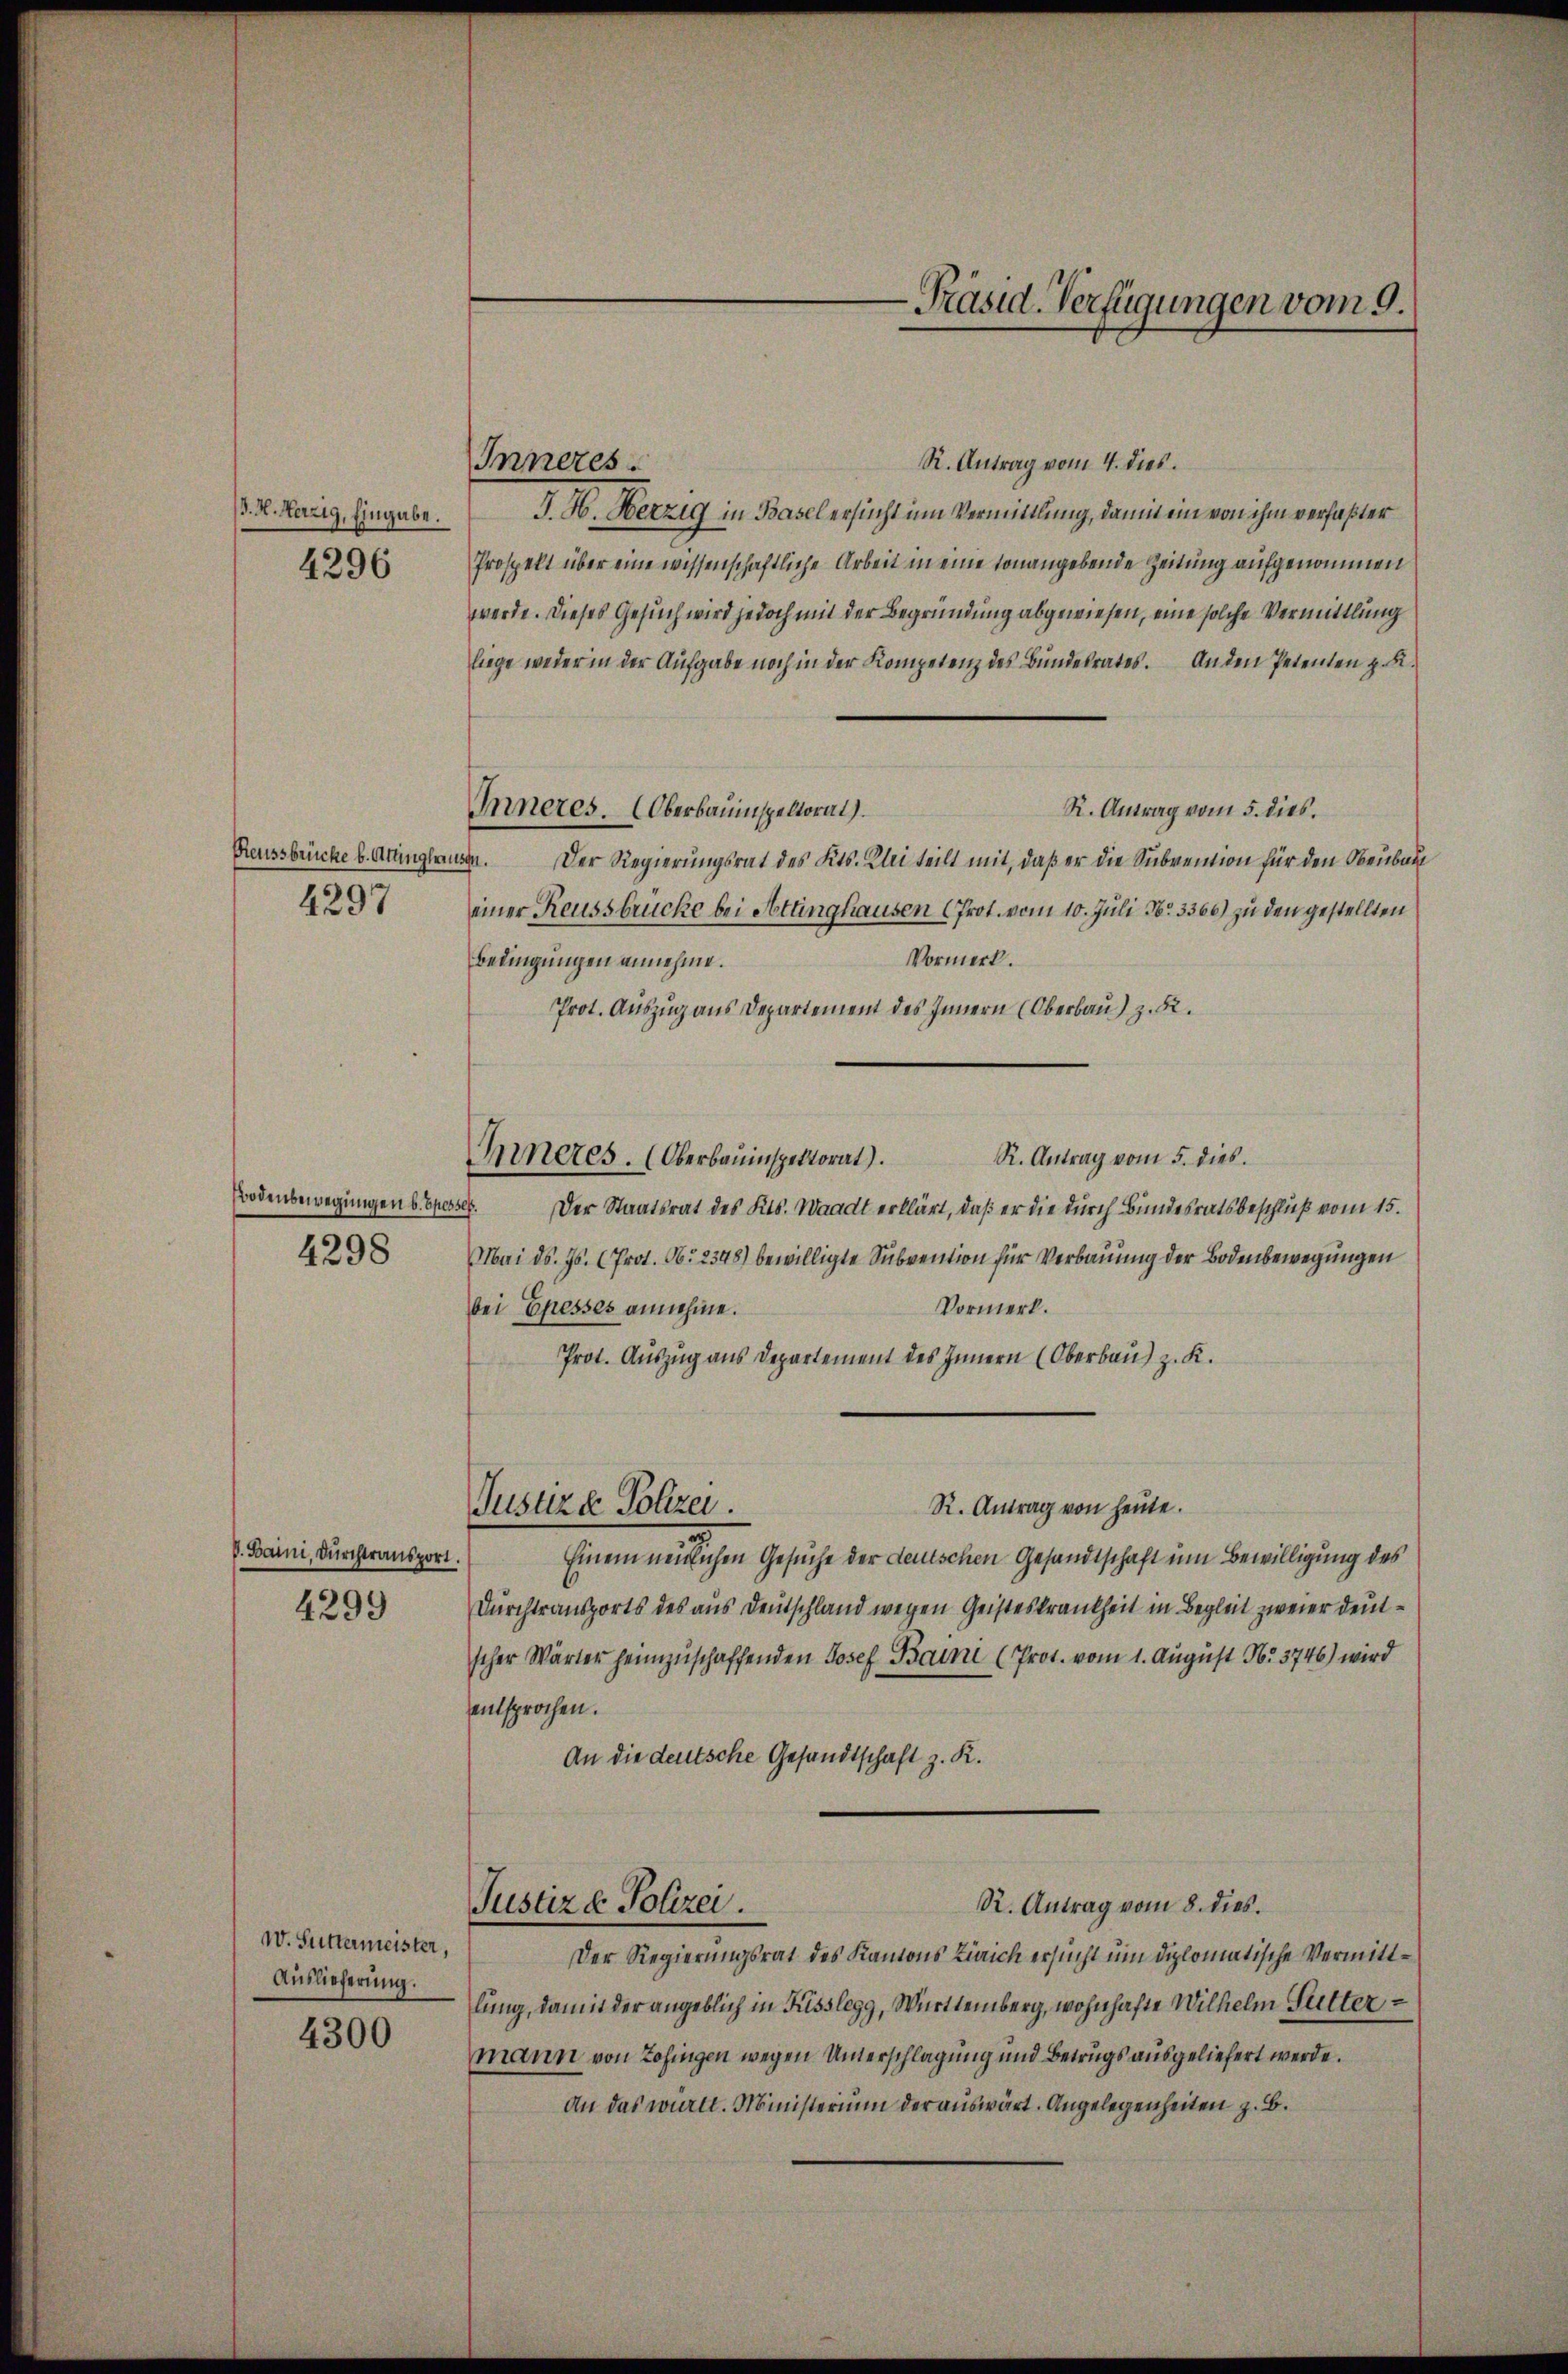
B. H. Herzig, Eingabe.

4296

Reussbrücke b. Attinghausen.
4297

4298

V. Baini, Durchtransport.

4299

W. Suttermeister,
Auslieferung.

4300

Inneres.

R. Antrag vom 4. dies
J. H. Herzig in Basel ersucht im Vermittlung, damit ein von ihm verfaßter
Prospekt über eine wissenschaftliche Arbeit in eine sonangebende Zeitung aufgenommen
werde. Dieses Gesuch wird jedoch mit der Begründung abgewiesen, eine solche Vermittlung
liege weder in der Aufgabe noch in der Kompetenz des Bundesrates. Anden Petenten z. B.
Inneres. Oberbauinspeltorat)
R. Antrag vom 5. dies.
Der Regierungsrat des Kts. Kleiteilt mit, daß er die Subvention für den Obenbau
einer Reussbrücke bei Attinghausen (Prot. vom 10. Juli No 3366) zu den gestellten
Vormerk.
Bedingungen annehme.
Prot. Auszug aus Departement des Innern (Oberbau) z. B.
R. Antrag vom 5. dies.
Inneres. (Oberbauinspektorat)
Bodenbewegungen bepresser. Der Staatsrat des Kts. Waadt erklärt, daß er die durch Bundesratsbeschluß vom 15.
Mai d. Js. (Prot. Ob. 2348) bewilligte Subvention für Verbauung der Bodenbewegungen
Vormerk.
bei Epesses annehme.
Prot. Auszug aus Departement des Innern (Oberbau) z. K.
R. Antrag von heute.
Justiz & Polizei.
Einem neulichen Gesuche der deutschen Gesandtschaft um Bewilligung des
Durchtransports des aus Deutschland wegen Geisteskrankheit in Begleit zweier deutscher Wärter heimzuschaffenden Josef Baini (Prot. vom 1. August No. 3746) wird
entsprochen.
An die deutsche Gesandtschaft z. R.
R. Antrag vom 8. dies.
Justiz & Polizei.
Der Regierungsrat des Kantons Liaich ersucht um diplomatische Vermittlung, damit der angeblich in Füsslegg, Württemberg, wohnhafte Wilhelm Futtermann von Zofingen wegen Unterschlagung und Betrugs ausgeliefert werde.
An das württ. Ministerium der auswärt. Angelegenheiten z. B.

-Präsid. Verfügungen vom 9.